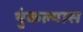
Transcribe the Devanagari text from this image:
थुंकल्यास